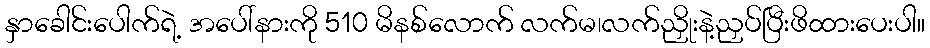
နှာခေါင်းပေါက်ရဲ့ အပေါ်နားကို 510 မိနစ်လောက် လက်မ၊လက်ညှိုးနဲ့ညှပ်ပြီးဖိထားပေးပါ။